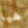
هيا